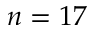
n = 1 7